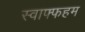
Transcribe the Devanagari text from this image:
स्वाफ्फहम